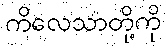
ကိလေသာတို့ကို